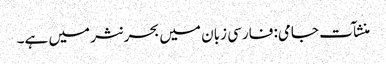
منشآت جامی: فارسی زبان میں بحر نثر میں ہے۔